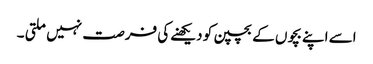
اسے اپنے بچوں کے بچپن کو دیکھنےکی فرصت نہیں ملتی ۔